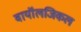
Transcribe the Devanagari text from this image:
बायॉलजिकल